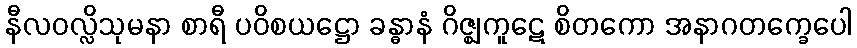
နီလဝလ္လိသုမနာ စာရီ ပဝိစယဋ္ဌော ခန္ဓာနံ ဂိဇ္ဈကူဋေ စိတကော အနာဂတက္ခေပေါ